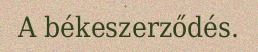
A békeszerződés.